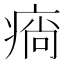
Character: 𤷛